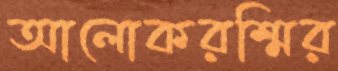
আলোকরশ্মির